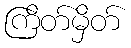
ကြိတ်မှိတ်